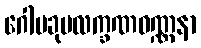
ဂေါပခုမလက္ခဏဝဏ္ဏနာ